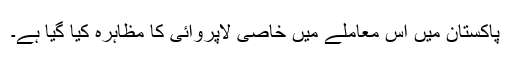
پاکستان میں اس معاملے میں خاصی لاپروائی کا مظاہرہ کیا گیا ہے۔